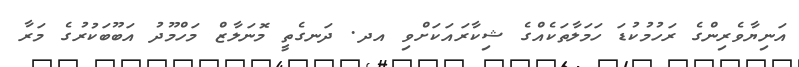
އަނިޔާވެރިންގެ ރަހުމުކުޑަ ހަމަލާތަކެއްގެ ޝިކާރައަކަށްވި އދ. ދަނގެތީ މޮނަލާޒް މަހްމޫދު އަބޫބަކުރުގެ މަރާ